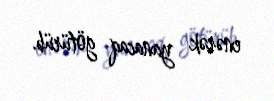
enərək yanacaq götürüb.